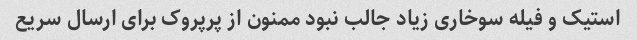
استیک و فیله سوخاری زیاد جالب نبود ممنون از پرپروک برای ارسال سریع